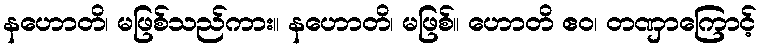
နဟောတိ၊ မဖြစ်သည်ကား။ နဟောတိ၊ မဖြစ်။ ဟောတိ ဧဝ၊ တဏှာကြောင့်